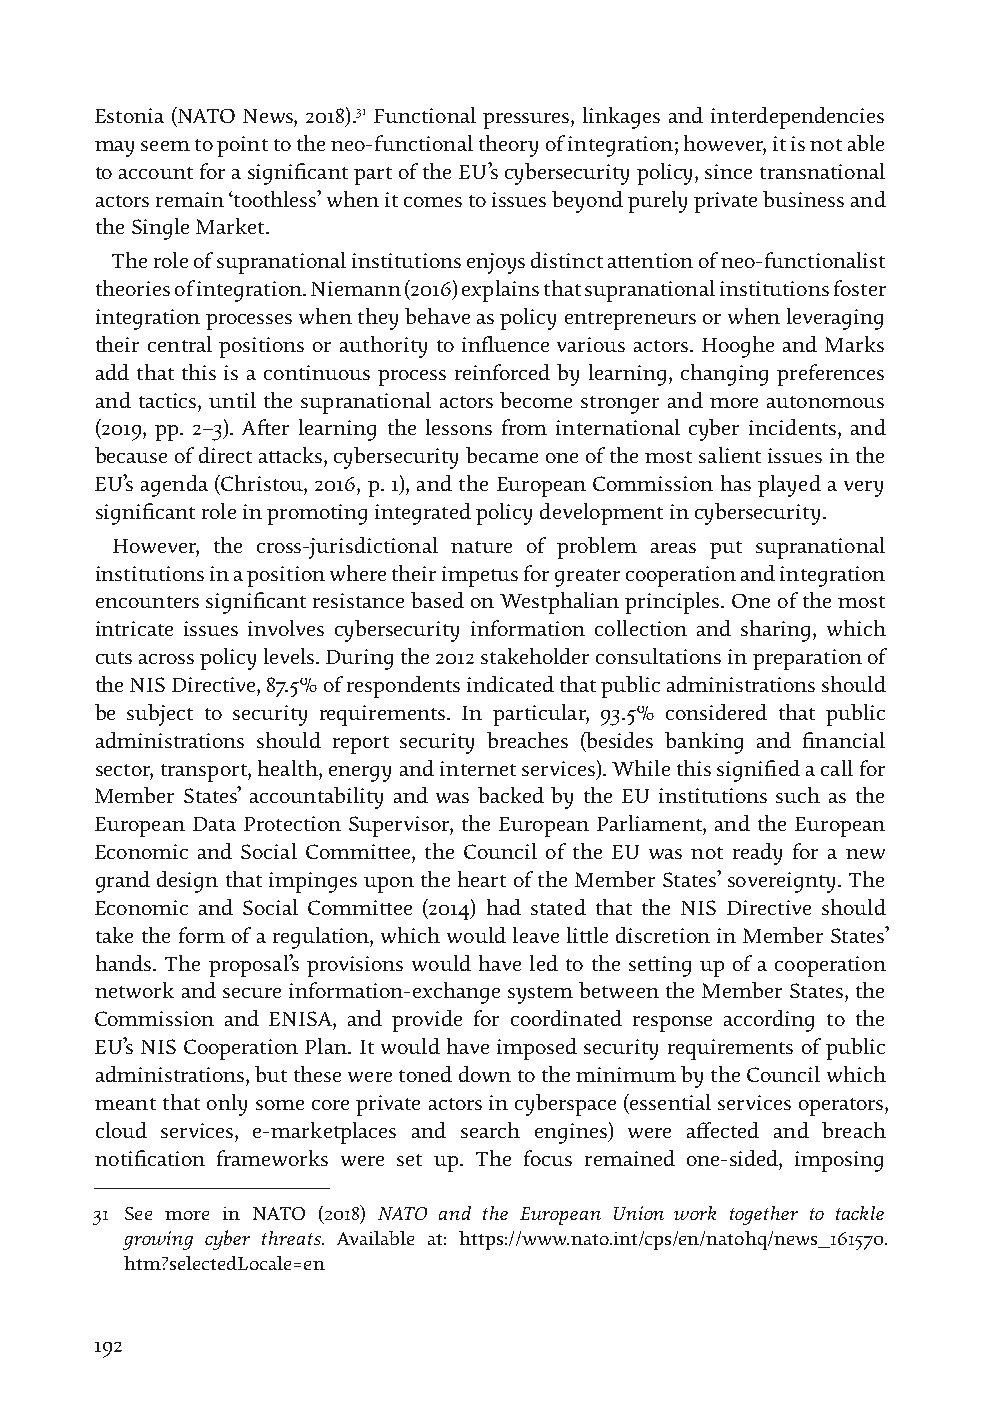
Estonia (NATO News, 2018).31 Functional pressures, linkages and interdependencies
 may seem to point to the neo-functional theory of integration; however, it is not able
 to account for a significant part of the EU’s cybersecurity policy, since transnational
 actors remain ‘toothless’ when it comes to issues beyond purely private business and
 the Single Market.
 The role of supranational institutions enjoys distinct attention of neo-functionalist
 theories of integration. Niemann (2016) explains that supranational institutions foster
 integration processes when they behave as policy entrepreneurs or when leveraging
 their central positions or authority to influence various actors. Hooghe and Marks
 add that this is a continuous process reinforced by learning, changing preferences
 and tactics, until the supranational actors become stronger and more autonomous
 (2019, pp. 2–3). After learning the lessons from international cyber incidents, and
 because of direct attacks, cybersecurity became one of the most salient issues in the
 EU’s agenda (Christou, 2016, p. 1), and the European Commission has played a very
 significant role in promoting integrated policy development in cybersecurity.
 However, the cross-jurisdictional nature of problem areas put supranational
 institutions in a position where their impetus for greater cooperation and integration
 encounters significant resistance based on Westphalian principles. One of the most
 intricate issues involves cybersecurity information collection and sharing, which
 cuts across policy levels. During the 2012 stakeholder consultations in preparation of
 the NIS Directive, 87.5% of respondents indicated that public administrations should
 be subject to security requirements. In particular, 93.5% considered that public
 administrations should report security breaches (besides banking and financial
 sector, transport, health, energy and internet services). While this signified a call for
 Member States’ accountability and was backed by the EU institutions such as the
 European Data Protection Supervisor, the European Parliament, and the European
 Economic and Social Committee, the Council of the EU was not ready for a new
 grand design that impinges upon the heart of the Member States’ sovereignty. The
 Economic and Social Committee (2014) had stated that the NIS Directive should
 take the form of a regulation, which would leave little discretion in Member States’
 hands. The proposal’s provisions would have led to the setting up of a cooperation
 network and secure information-exchange system between the Member States, the
 Commission and ENISA, and provide for coordinated response according to the
 EU’s NIS Cooperation Plan. It would have imposed security requirements of public
 administrations, but these were toned down to the minimum by the Council which
 meant that only some core private actors in cyberspace (essential services operators,
 cloud services, e-marketplaces and search engines) were affected and breach
 notification frameworks were set up. The focus remained one-sided, imposing
 31 See more in NATO (2018) NATO and the European Union work together to tackle
 growing cyber threats. Available at: https://www.nato.int/cps/en/natohq/news_161570.
 htm?selectedLocale=en
 192